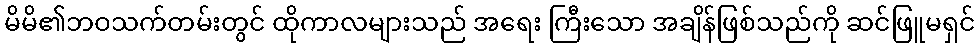
မိမိ၏ဘဝသက်တမ်းတွင် ထိုကာလများသည် အရေး ကြီးသော အချိန်ဖြစ်သည်ကို ဆင်ဖြူမရှင်